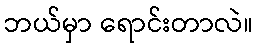
ဘယ်မှာ ရောင်းတာလဲ။